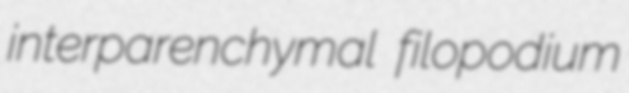
interparenchymal filopodium